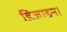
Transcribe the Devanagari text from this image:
डिज़ाइन।